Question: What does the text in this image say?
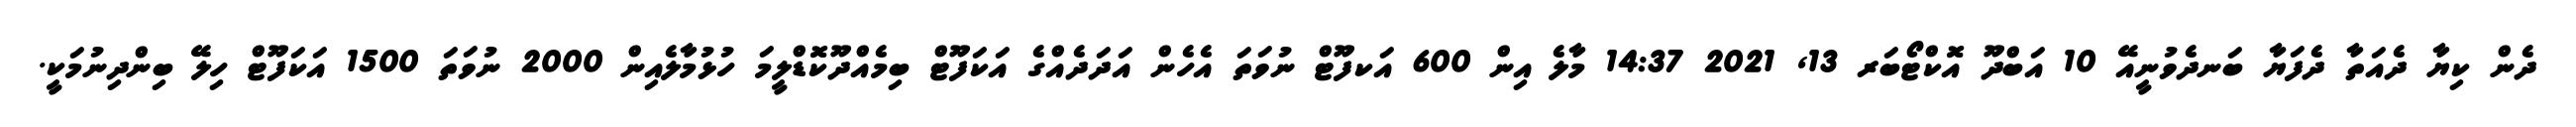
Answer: ދެން ކިޔާ ދެއަތާ ދެފަޔާ ބަނދެވުނީއޭ 10 އަބްދޫ އޮކްޓޯބަރ 13, 2021 14:37 މާލެ އިން 600 އަކފޫޓް ނުވަތަ އެހެން އަދަދެއްގެ އަކަފޫޓް ބިމެއްދޫކޮޑްލީމަ ހުޅުމާލެއިން 2000 ނުވަތަ 1500 އަކަފޫޓް ހިލޭ ބިންދިނުމަކީ.